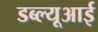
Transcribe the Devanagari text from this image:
डब्ल्यूआई